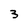
Character: 3